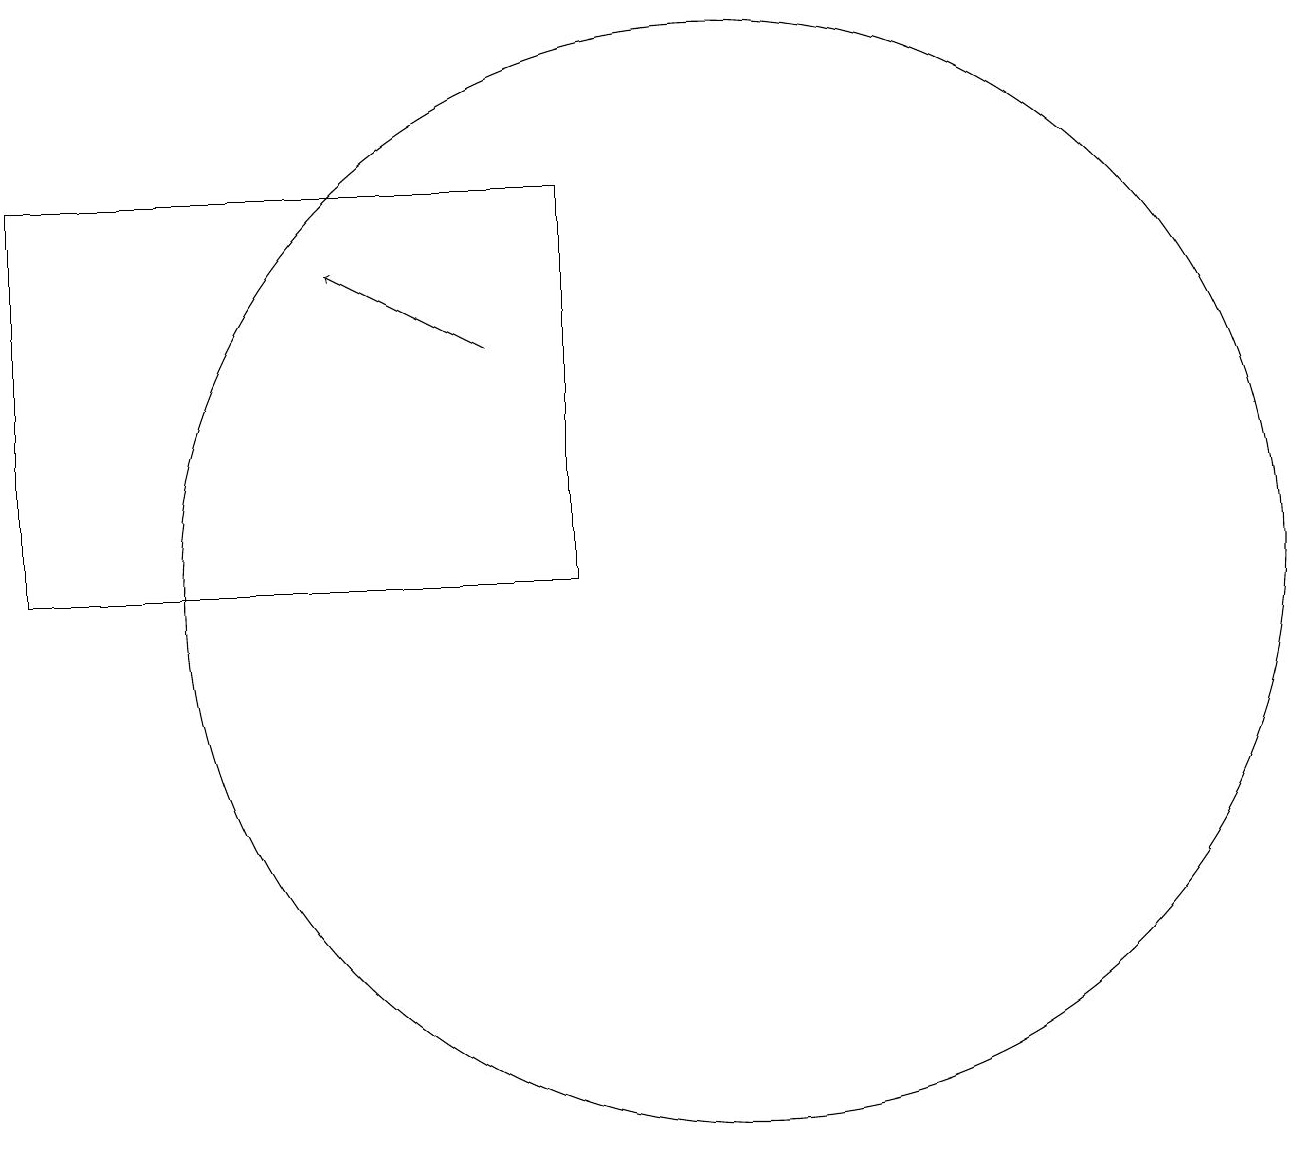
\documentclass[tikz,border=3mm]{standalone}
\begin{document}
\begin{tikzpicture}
\draw[->] (7,13) -- (5,14);
\draw (10,10) circle (7);
\draw (1,10) rectangle (8,15);
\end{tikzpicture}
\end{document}